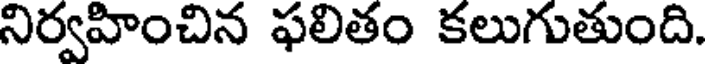
నిర్వహించిన ఫలితం కలుగుతుంది.